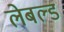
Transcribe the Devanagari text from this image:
लेबल्ड